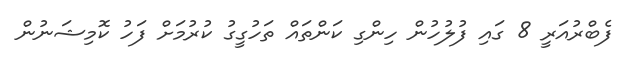
ފެބްރުއަރީ 8 ގައި ފުލުހުން ހިންގި ކަންތައް ތަހުގީގު ކުރުމަށް ފަހު ކޮމިޝަނުން